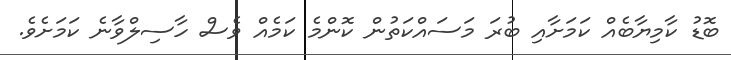
ބޮޑު ކާމިޔާބެއް ކަމަށާއި ބުރަ މަސައްކަތުން ކޮންމެ ކަމެއް ވެސް ހާސިލްވާނެ ކަމަށެވެ.